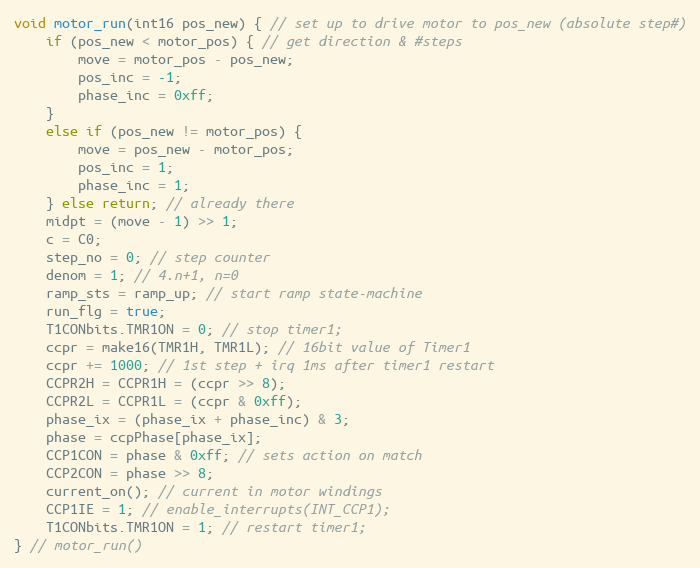
Language: C
void motor_run(int16 pos_new) { // set up to drive motor to pos_new (absolute step#)
    if (pos_new < motor_pos) { // get direction & #steps
        move = motor_pos - pos_new;
        pos_inc = -1;
        phase_inc = 0xff;
    }
    else if (pos_new != motor_pos) {
        move = pos_new - motor_pos;
        pos_inc = 1;
        phase_inc = 1;
    } else return; // already there
    midpt = (move - 1) >> 1;
    c = C0;
    step_no = 0; // step counter
    denom = 1; // 4.n+1, n=0
    ramp_sts = ramp_up; // start ramp state-machine
    run_flg = true;
    T1CONbits.TMR1ON = 0; // stop timer1;
    ccpr = make16(TMR1H, TMR1L); // 16bit value of Timer1
    ccpr += 1000; // 1st step + irq 1ms after timer1 restart
    CCPR2H = CCPR1H = (ccpr >> 8);
    CCPR2L = CCPR1L = (ccpr & 0xff);
    phase_ix = (phase_ix + phase_inc) & 3;
    phase = ccpPhase[phase_ix];
    CCP1CON = phase & 0xff; // sets action on match
    CCP2CON = phase >> 8;
    current_on(); // current in motor windings
    CCP1IE = 1; // enable_interrupts(INT_CCP1);
    T1CONbits.TMR1ON = 1; // restart timer1;
} // motor_run()